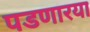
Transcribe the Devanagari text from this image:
पडणारया